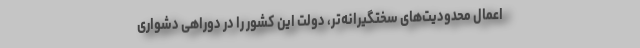
اعمال محدودیت‌های سختگیرانه‌تر، دولت این کشور را در دوراهی دشواری